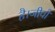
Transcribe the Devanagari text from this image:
है।जीवों